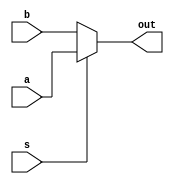
`timescale 1ns / 1ps
//////////////////////////////////////////////////////////////////////////////////
// Company: 
// Engineer: 
// 
// Design Name: 
// Module Name: Mux2x1
// Project Name: 
// Target Devices: 
// Tool Versions: 
// Description: 
// 
// Dependencies: 
// 
// Revision:
// Revision 0.01 - File Created
// Additional Comments:
// 
//////////////////////////////////////////////////////////////////////////////////


module  Mux2x1 (
     input  a,
     input  b,
     input s,
     output  out
    );
    
    assign out = (s == 1'b1)? a:b; 
    
endmodule